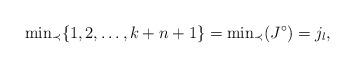
LaTeX: \begin{align*} {\min}_{\prec} \{ 1,2,\dots ,k+n+1\} ={\min}_{\prec} (J^{\circ}) =j_l , \end{align*}